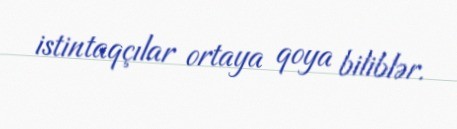
istintaqçılar ortaya qoya biliblər.